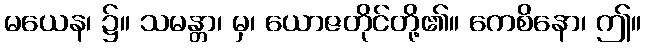
မယေန၊ ၌။ သမန္တာ၊ မှ၊ ယောဇတိုင်တို့၏။ ကေစိနော၊ ဤ။